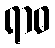
ရာဓ